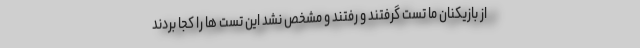
از بازیکنان ما تست گرفتند و رفتند و مشخص نشد این تست ها را کجا بردند